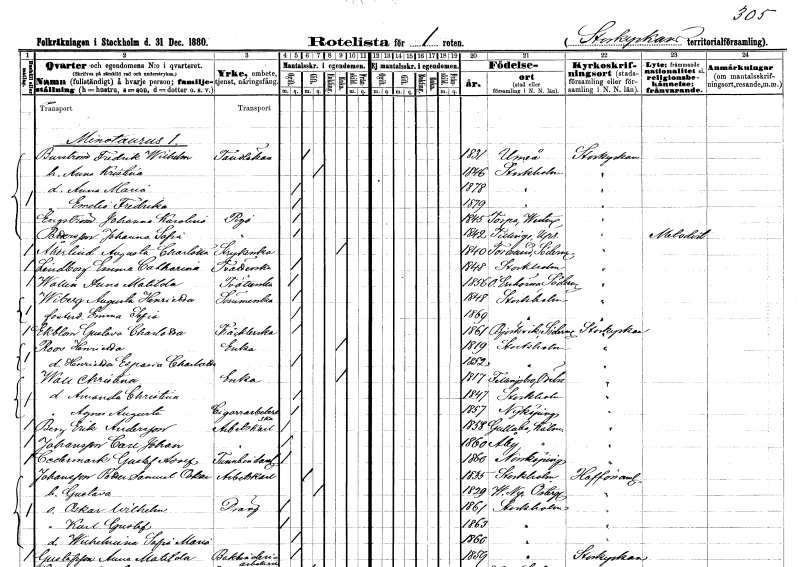
gt_parse: households: individuals: FN: Fredrik Wilhelm
EN: Burström
YRKE: Tandläkare
KON: M
CIV: G
FODAR: 1831
FODFORS: Umeå Västerbottens län
FN: Anna Kristina
KON: K
CIV: G
FODAR: 1846
FODFORS: Stockholm
FN: Anna Maria
KON: K
CIV: O
FODAR: 1878
FODFORS: Stockholm
FN: Emelie Fredrika
KON: K
CIV: O
FODAR: 1879
FODFORS: Stockholm
FN: Johanna Karolina
EN: Engström
YRKE: Piga
KON: K
CIV: O
FODAR: 1845
FODFORS: Torpa Västmanlands län
FN: Johanna Sofia
EN: Pettersson
YRKE: Piga
KON: K
CIV: O
FODAR: 1842
FODFORS: Tillinge Uppsala län
FN: Augustsa Charlotta
EN: Åkerlind
YRKE: Strykerska
KON: K
CIV: E
FODAR: 1840
FODFORS: Toresund Södermanlands län
FN: Emma Catharina
EN: Lindberg
YRKE: Tvätterska
KON: K
CIV: O
FODAR: 1848
FODFORS: Stockholm
FN: Anna Matilda
EN: Wallin
YRKE: Tvätterska
KON: K
CIV: O
FODAR: 1856
FODFORS: Överenhörna Stockholms län
FN: Augusta Henrietta
EN: Wiberg
YRKE: Sömmerska
KON: K
CIV: O
FODAR: 1848
FODFORS: Stockholm
FN: Emma Sofia
KON: K
CIV: O
FODAR: 1869
FODFORS: Stockholm
FN: Gustava Charlotta
EN: Ekblom
YRKE: Tråcklerska
KON: K
CIV: O
FODAR: 1861
FODFORS: Björkvik Södermanlands län
FN: Henrietta
EN: Roos
YRKE: Änka
KON: K
CIV: E
FODAR: 1819
FODFORS: Stockholm
FN: Henrietta Esparia Charlotta
KON: K
CIV: O
FODAR: 1852
FODFORS: Stockholm
FN: Christina
EN: Wall
YRKE: Änka
KON: K
CIV: E
FODAR: 1817
FODFORS: Fellingsbro Örebro län
FN: Amanda Christina
KON: K
CIV: O
FODAR: 1847
FODFORS: Stockholm
FN: Agnes Augusta
YRKE: Cigarrarbeterska
KON: K
CIV: O
FODAR: 1857
FODFORS: Nyköping Södermanlands län
FN: Erik
EN: Berg Andersson
YRKE: Arbetskarl
KON: M
CIV: O
FODAR: 1858
FODFORS: Gullabo Kalmar län
FN: Carl Johan
EN: Johansson
YRKE: Arbetskarl
KON: M
CIV: O
FODAR: 1860
FODFORS: Åby Kalmar län
FN: Gustaf Adolf
EN: Cedermark
YRKE: Tunnbindarelärling
KON: M
CIV: O
FODAR: 1860
FODFORS: Norrköping Östergötlands län
FN: Petter Samuel Oskar
EN: Johansson
YRKE: Arbetskarl
KON: M
CIV: G
FODAR: 1835
FODFORS: Stockholm
FN: Gustava
KON: K
CIV: G
FODAR: 1829
FODFORS: Västra Ny Östergötlands län
FN: Oskar Wilhelm
YRKE: Dräng
KON: M
CIV: O
FODAR: 1861
FODFORS: Stockholm